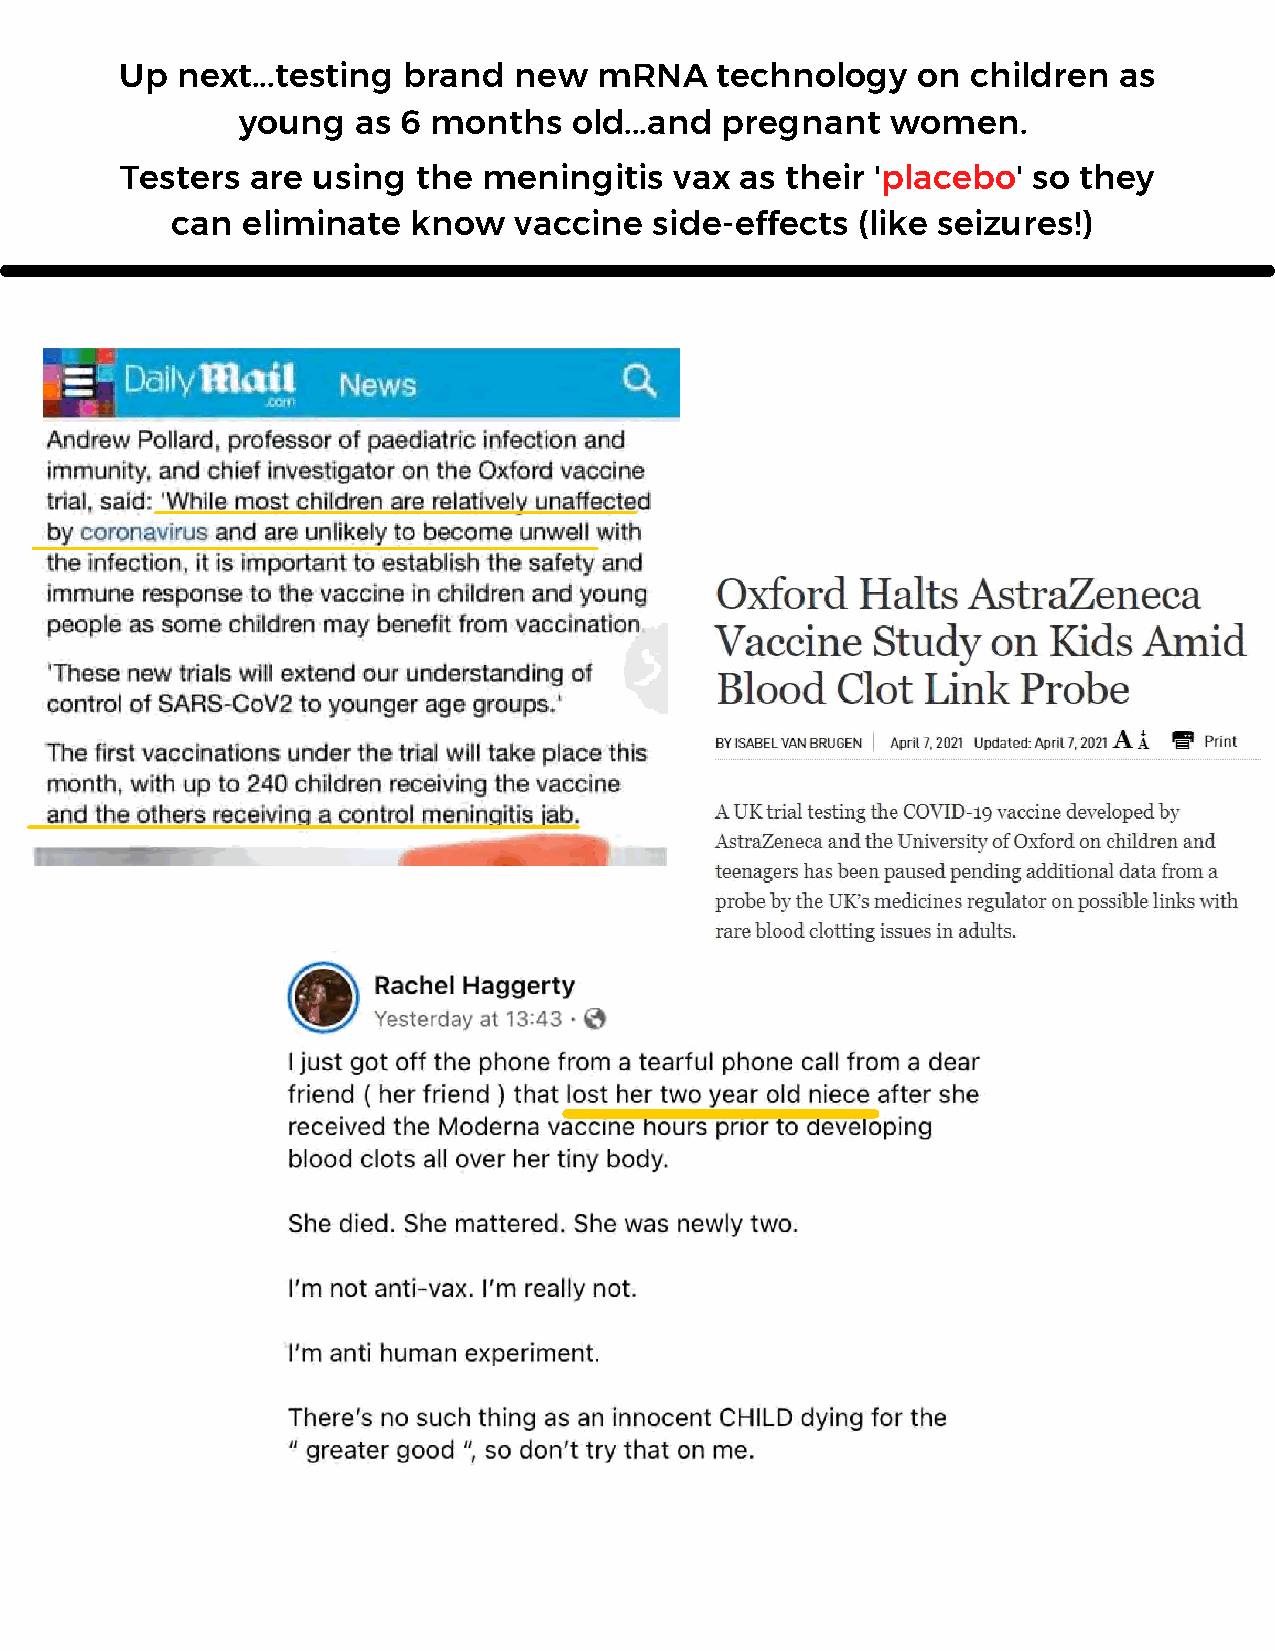
Up  next...testing brand  new   mRNA   technology    on children  as
 young   as 6 months   old...and pregnant   women.
 Testers  are using  the meningitis   vax as their 'placebo' so they
 can  eliminate  know   vaccine  side-effects  (like seizures!)